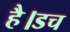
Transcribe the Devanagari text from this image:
है।डच